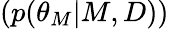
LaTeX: (p(\theta_{M}|M,D))